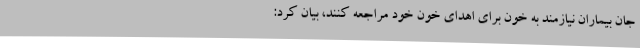
جان بیماران نیازمند به خون برای اهدای خون خود مراجعه کنند، بیان کرد: